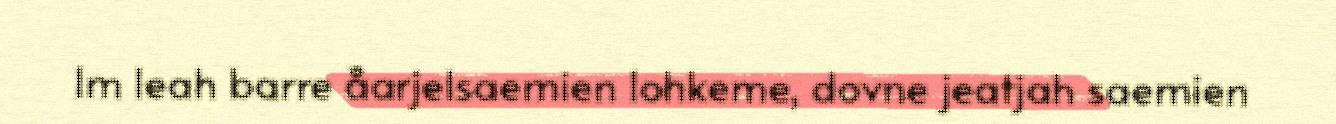
Im leah barre åarjelsaemien lohkeme, dovne jeatjah saemien